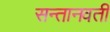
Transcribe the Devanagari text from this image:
सन्तानवती